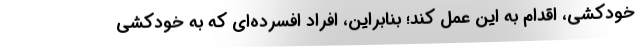
خودکشی، اقدام به این عمل کند؛ بنابراین، افراد افسرده‌ای که به خودکشی